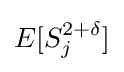
E[S_{j}^{2+\delta }]